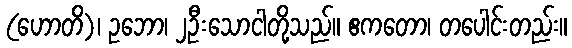
(ဟောတိ)၊ ဥဘော၊ ၂ဦးသောငါတို့သည်။ ဧကတော၊ တပေါင်းတည်း။